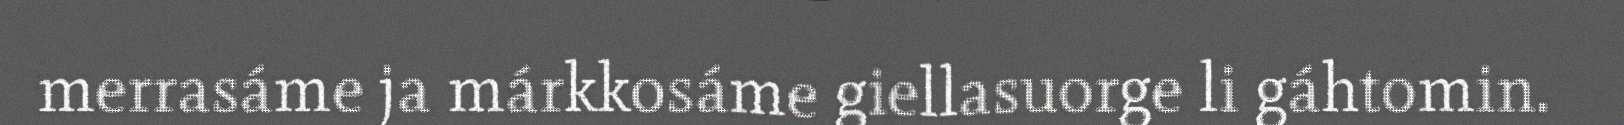
merrasáme ja márkkosáme giellasuorge li gáhtomin.